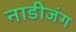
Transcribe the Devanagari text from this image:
नाडीजंग